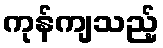
ကုန်ကျသည့်